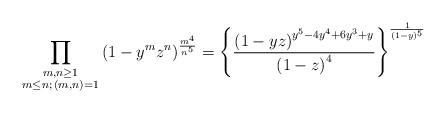
LaTeX: \begin{align*} \prod_{\substack{m,n \geq 1 \\ m \leq n ; \, (m,n)=1}} \left( 1- y^m z^n \right)^{\frac{m^4 }{n^5}} = \left\{\frac{\left(1-yz\right)^{y^5 - 4 y^4 + 6y^3 +y}}{\left(1-z\right)^{4}}\right\}^{\frac{1}{(1-y)^5}} \end{align*}